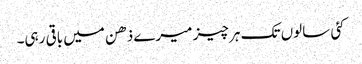
کئی سالوں تک ہر چیز میرے ذھن میں باقی رہی۔